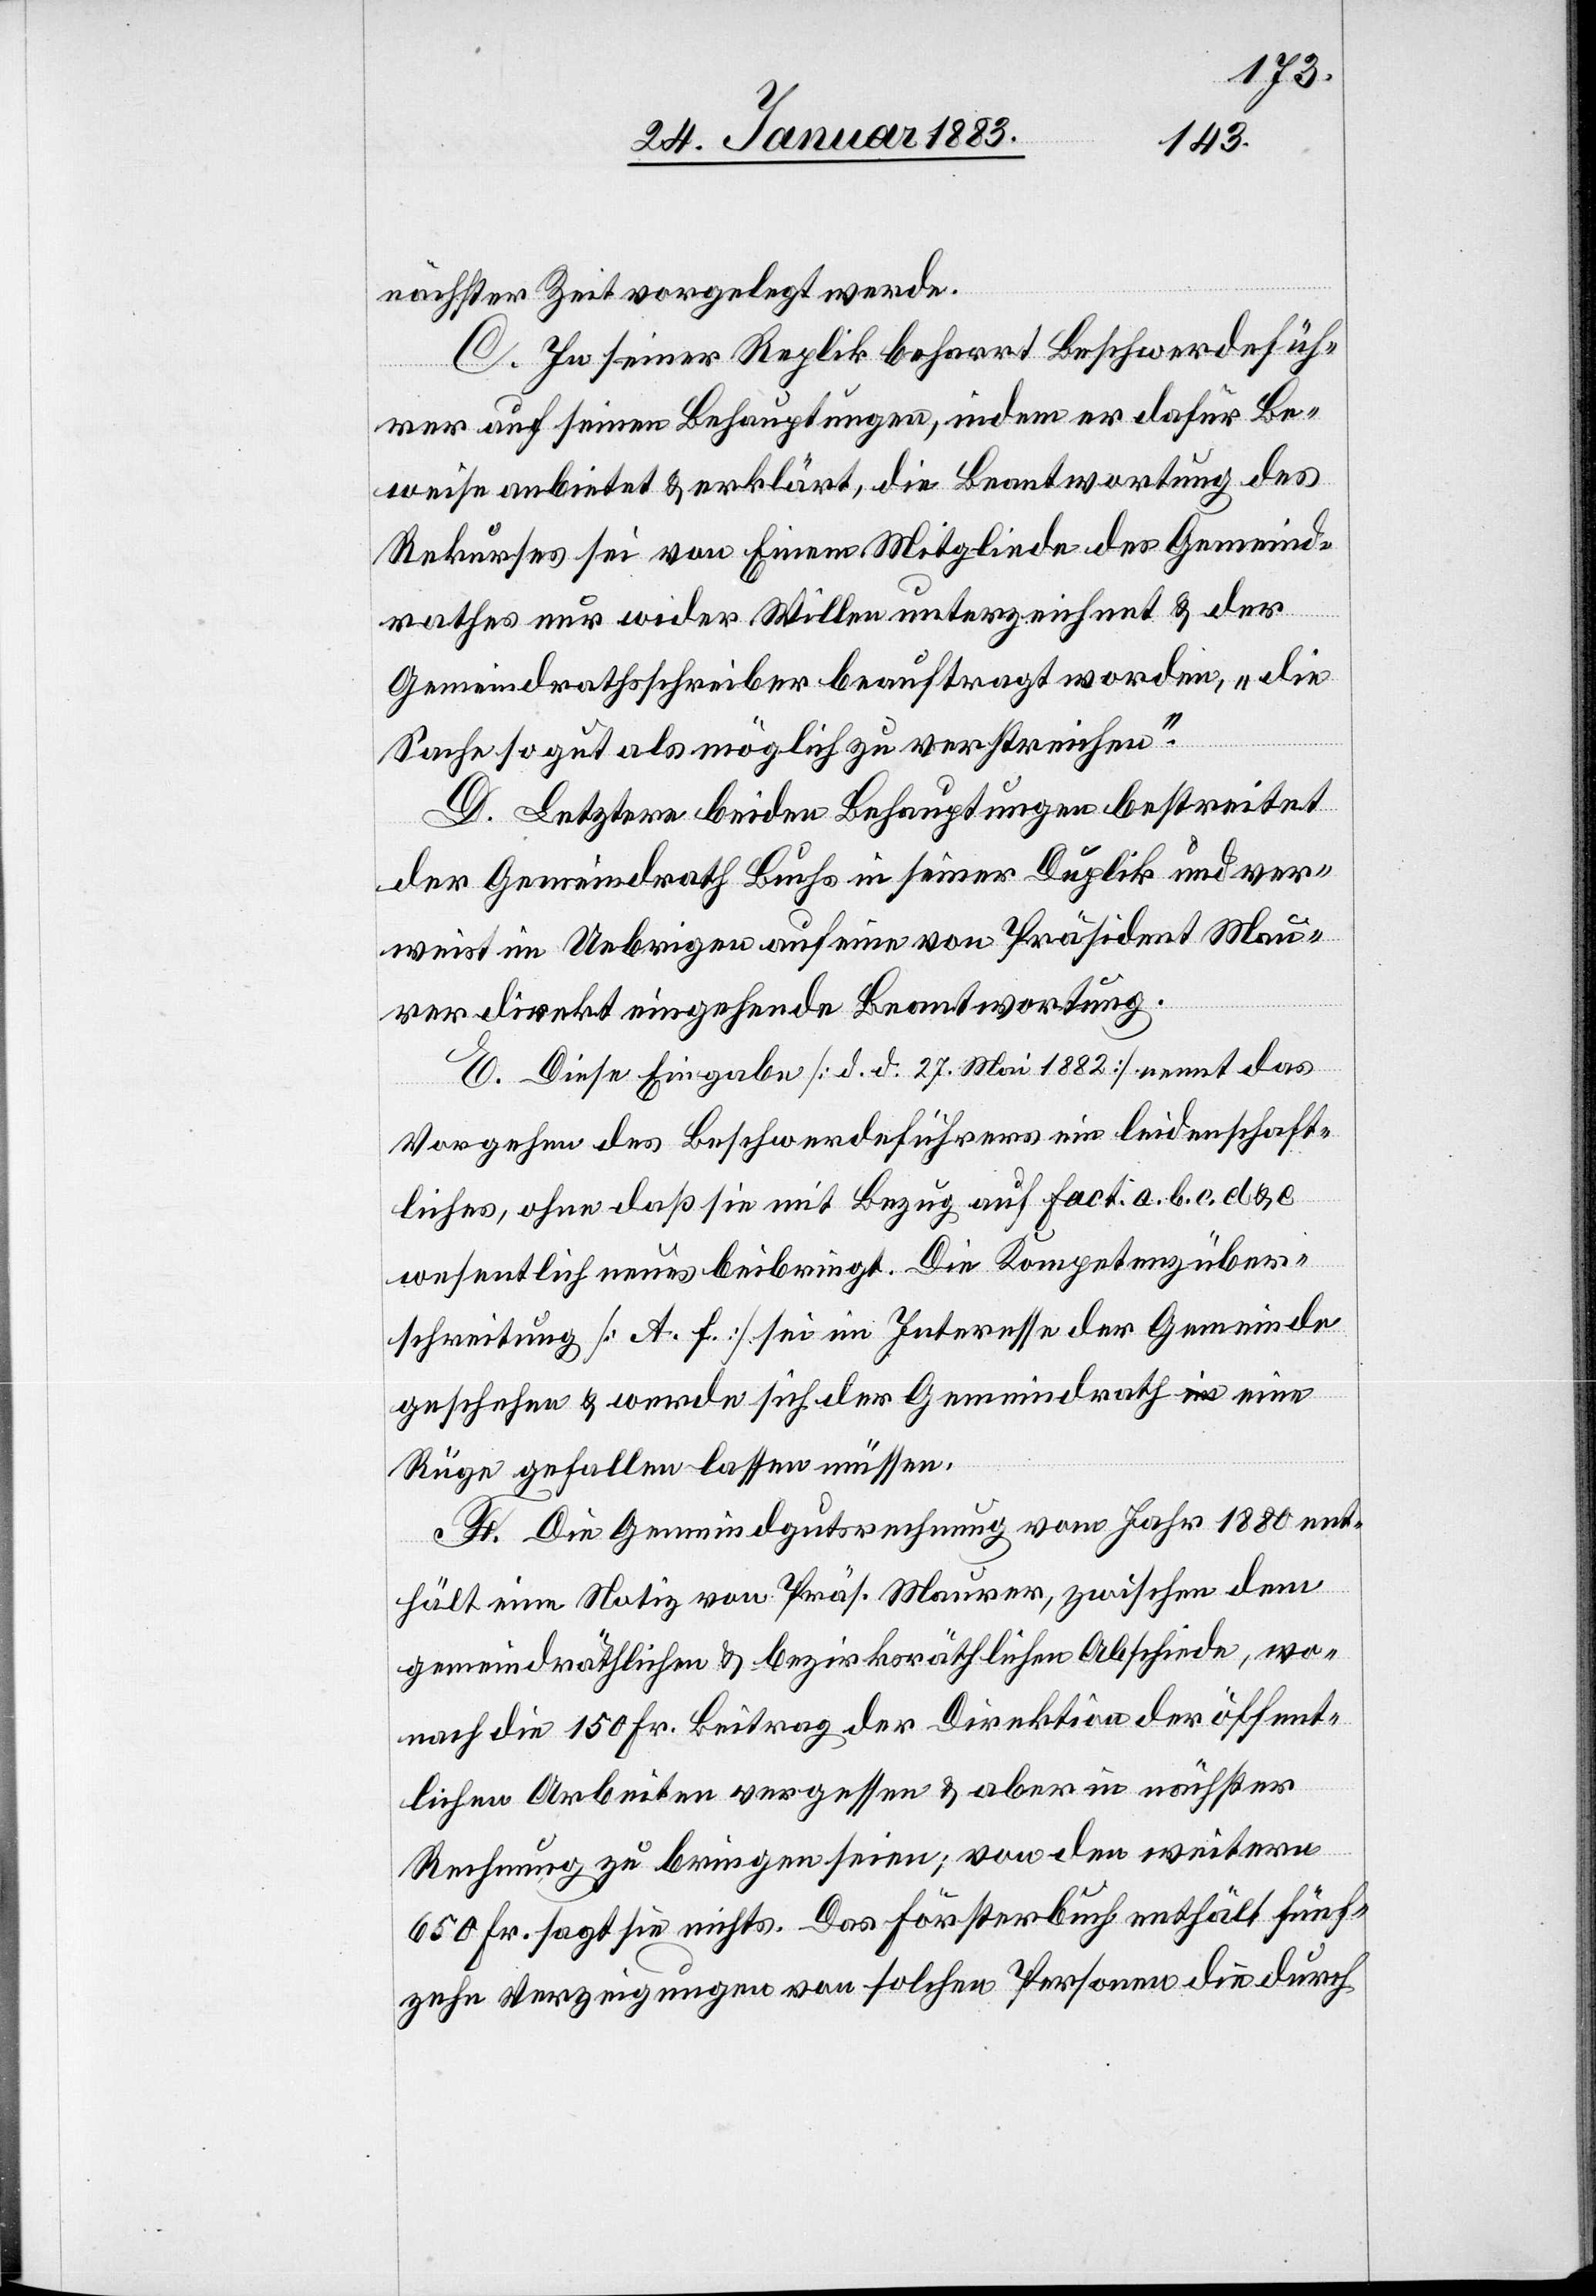
nächster Zeit vorgelegt werde.
C. In seiner Replik beharrt Beschwerdefüh¬
rer auf seinen Behauptungen, indem er dafür Be¬
weise anbietet & erklärt, die Beantwortung des
Rekurses sei von Einem Mitgliede des Gemeind¬
rathes nur wider Willen unterzeichnet & der
Gemeindrathsschreiber beauftragt worden, „die
Sache so gut als möglich zu verstreichen.“
D. Letztere beiden Behauptungen bestreitet
der Gemeindrath Buchs in seiner Duplik und ver¬
weist im Uebrigen auf eine von Präsident Mau¬
rer direkt eingehende Beantwortung.
E. Diese Eingabe [d. d. 27. Mai 1882] nennt das
Vorgehen des Beschwerdeführers ein leidenschaft¬
liches, ohne daß sie mit Bezug auf Fact. a, b, c, d
wesentlich neues beibringt. Die Kompetenzüber¬
schreitung [A. f.] sei im Interesse der Gemeinde
geschehen & werde sich der Gemeindrath eine
Rüge gefallen lassen müssen.
F. Die Gemeindgutsrechnung vom Jahr 1880 ent¬
hält eine Notiz von Präs. Maurer, zwischen dem
gemeindräthlichen & bezirksräthlichen Abschiede, wo¬
nach die 150 Fr. Beitrag der Direktion der öffent¬
lichen Arbeiten vergessen & aber in nächster
Rechnung zu bringen seien; von den weitern
650 Fr. sagt sie nichts. Das Försterbuch enthält fünf¬
zehn Verzeigungen von solchen Personen die durch